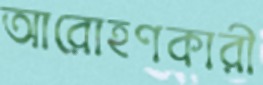
আরোহণকারী